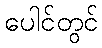
ပေါင်တွင်